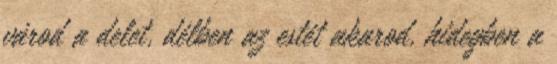
várod a delet, délben az estét akarod, hidegben a